Lock hospitals Punjab
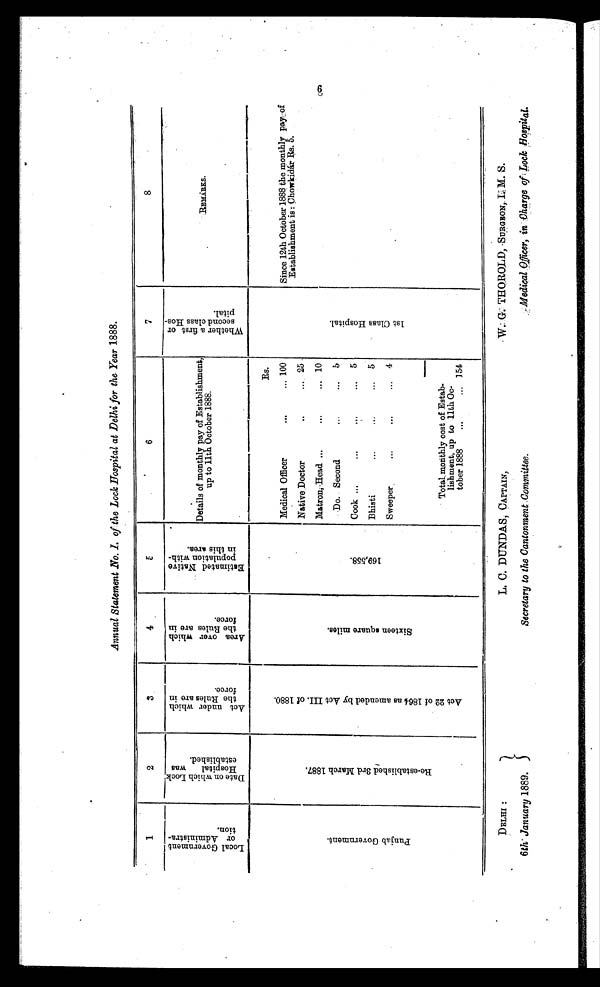
DELHI :
6th January 1889.
L. C. DUNDAS, CAPTAIN,
Secretary to the Cantonment Committee.
W. G. THOROLD, SURGEON, I. M. S.
Medical Officer, in Charge of Lock Hospital.
Annual Statement No. I. of the Lock Hospital at Delhi for the Year 1888.
1
2
3
4
5
6
7
8
L o c a l G o v e r n m e n to
r A d m i n i s t r a -t
i o n .
D a t e o n w h i c h L o o k -
H o s p i t a l w a s
e s t a b l i s h e d .
A c t u n d e r w h i c h
t h e R u l e s a r e i n
f o r c e .
A r e a o v e r w h i c h
t h e R u l e s a r e i n f o r c e .
E s t i m a t e d N a t i v e
p o p u l a t i o n w i t h -
i n t h i s a r e a . Details of monthly pay of Establishment,
up to 11th October 1888.
W h e t h e r a f i r s t o r
s e c o n d c l a s s H o s -
p i t a l .
R E M A R K S .
P u n j a b G o v e r n m e n t .
R e - e s t a b l i s h e d 3 r d M a r c h 1 8 8 7 .
A c t 2 2 o f 1 8 6 4 a s a m e n d e d b y A c t I I I . o f 1 8 8 0 .
S i x t e e n s q u a r e m i l e s .
1 6 9 , 5 5 8 .
Rs.
Since 12th October 1888 the monthly pay: of
Establishment is : Chowkidár Rs. 5.
Medical Officer
. . .
... 100
Native. Doctor
. . .
...
2 5
Matron,
...
... 10
Do. Second
...
... 5
Cook
...
... 5
Bhisti
...
... 5
Sweeper
...
... 4
Total monthly cost of Estab-
lishment, up to 11th Oc-
tober 1888
.
154
6